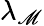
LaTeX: \lambda_{\mathscr{M}}